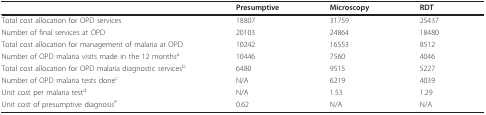
|  | Presumptive | Microscopy | RDT |
 | --- | --- | --- | --- |
 | Total cost allocation for OPD services | 18807 | 31759 | 25437 |
 | Number of final services at OPD | 20103 | 24864 | 18480 |
 | Total cost allocation for management of malaria at OPD | 10242 | 16553 | 8512 |
 | Number of OPD malaria visits made in the 12 monthsa | 10446 | 7560 | 4046 |
 | Total cost allocation for OPD malaria diagnostic servicesb | 6480 | 9515 | 5227 |
 | Number of OPD malaria tests donec | N/A | 6219 | 4039 |
 | Unit cost per malaria testd | N/A | 1.53 | 1.29 |
 | Unit cost of presumptive diagnosise | 0.62 | N/A | N/A |